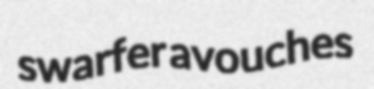
swarfer avouches